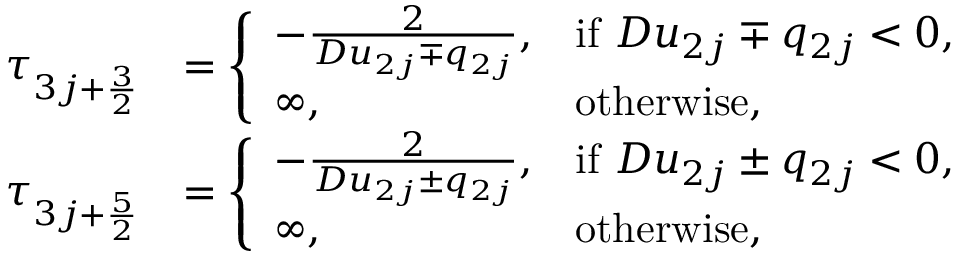
\begin{array} { r l } { \tau _ { 3 j + \frac { 3 } { 2 } } } & { = \left\{ \begin{array} { l l } { - \frac { 2 } { D u _ { 2 j } \mp q _ { 2 j } } , } & { \mathrm { i f ~ } D u _ { 2 j } \mp q _ { 2 j } < 0 , } \\ { \infty , } & { \mathrm { o t h e r w i s e } , } \end{array} \right. } \\ { \tau _ { 3 j + \frac { 5 } { 2 } } } & { = \left\{ \begin{array} { l l } { - \frac { 2 } { D u _ { 2 j } \pm q _ { 2 j } } , } & { \mathrm { i f ~ } D u _ { 2 j } \pm q _ { 2 j } < 0 , } \\ { \infty , } & { \mathrm { o t h e r w i s e } , } \end{array} \right. } \end{array}